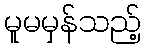
မူမမှန်သည့်